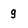
Character: g